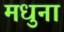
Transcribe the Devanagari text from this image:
मधुना